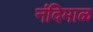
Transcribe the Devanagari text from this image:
नंदिमाळ